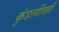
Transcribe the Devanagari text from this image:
कुंडलीतही